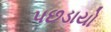
પછડાયો